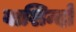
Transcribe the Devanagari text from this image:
बाशिन्दों